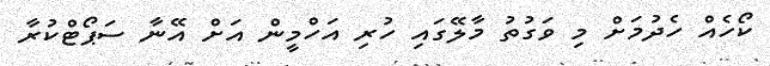
ކޯހެއް ހެދުމަށް މި ވަގުތު މާލޭގައި ހުރި އަހްމީން އަށް އޭނާ ސަޕޯޓްކުރާ